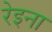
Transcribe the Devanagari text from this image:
रेइना